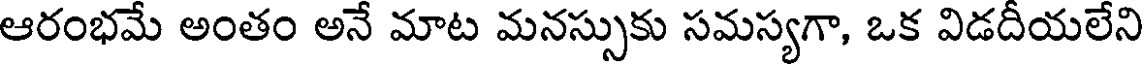
ఆరంభమే అంతం అనే మాట మనస్సుకు సమస్యగా, ఒక విడదీయలేని